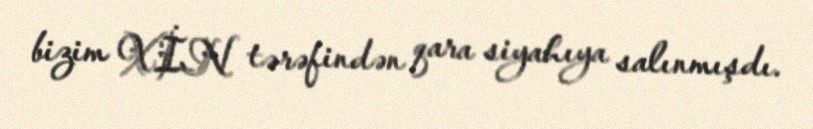
bizim XİN tərəfindən qara siyahıya salınmışdı.